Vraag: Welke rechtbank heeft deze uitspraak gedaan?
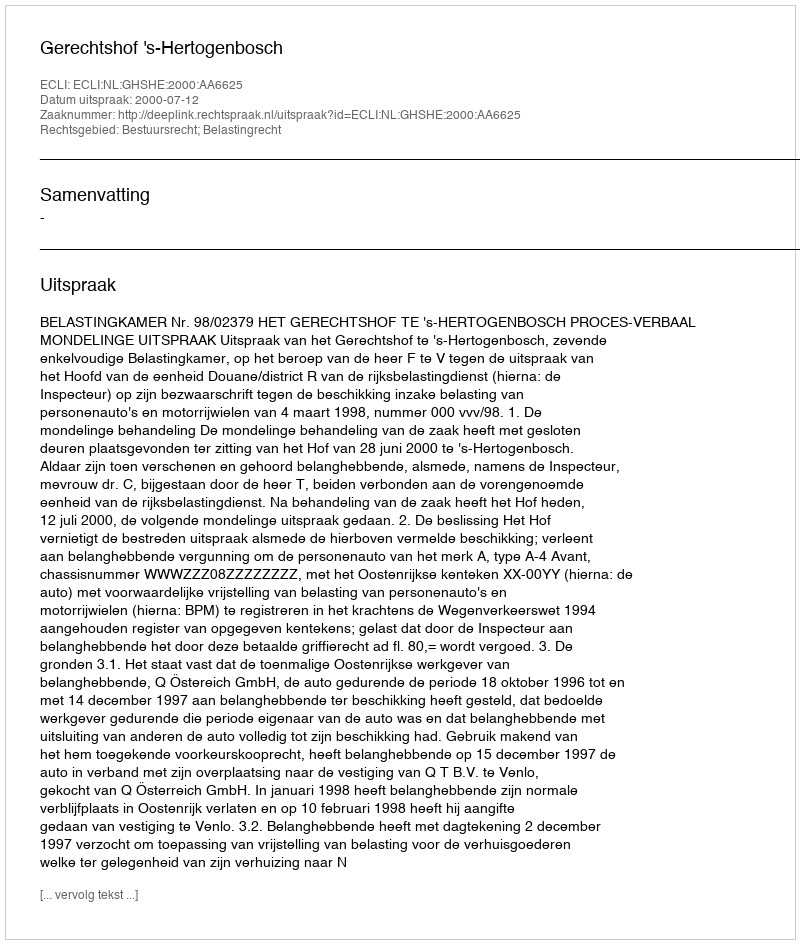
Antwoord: Gerechtshof 's-Hertogenbosch